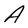
Character: A